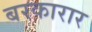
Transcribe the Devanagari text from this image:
बरकारार